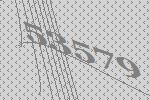
53579